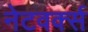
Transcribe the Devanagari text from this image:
नेटवर्क्‍स